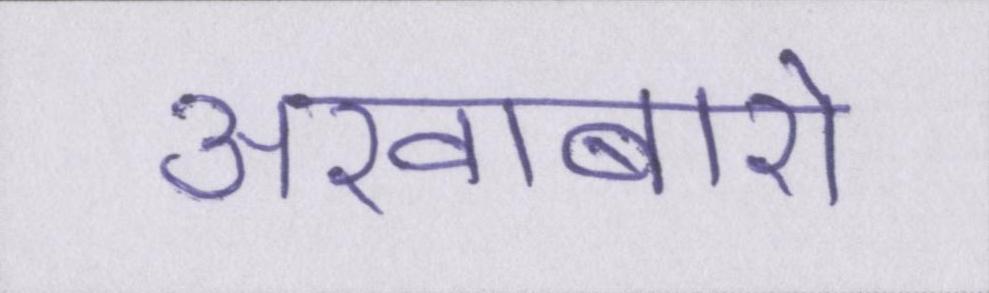
अखाबारो